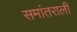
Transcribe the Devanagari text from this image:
समांतराली